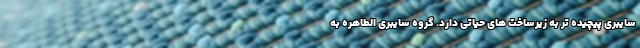
سایبری پیچیده تر به زیرساخت های حیاتی دارد. گروه سایبری الطاهره به